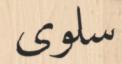
سلوى